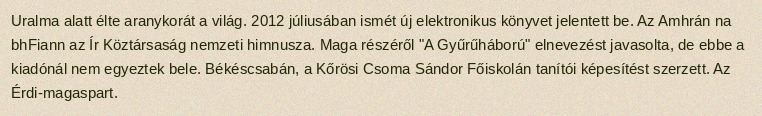
Uralma alatt élte aranykorát a világ. 2012 júliusában ismét új elektronikus könyvet jelentett be. Az Amhrán na bhFiann az Ír Köztársaság nemzeti himnusza. Maga részéről "A Gyűrűháború" elnevezést javasolta, de ebbe a kiadónál nem egyeztek bele. Békéscsabán, a Kőrösi Csoma Sándor Főiskolán tanítói képesítést szerzett. Az Érdi-magaspart.